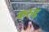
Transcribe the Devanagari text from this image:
करुड़